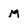
Character: M